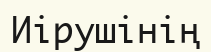
Иірушінің